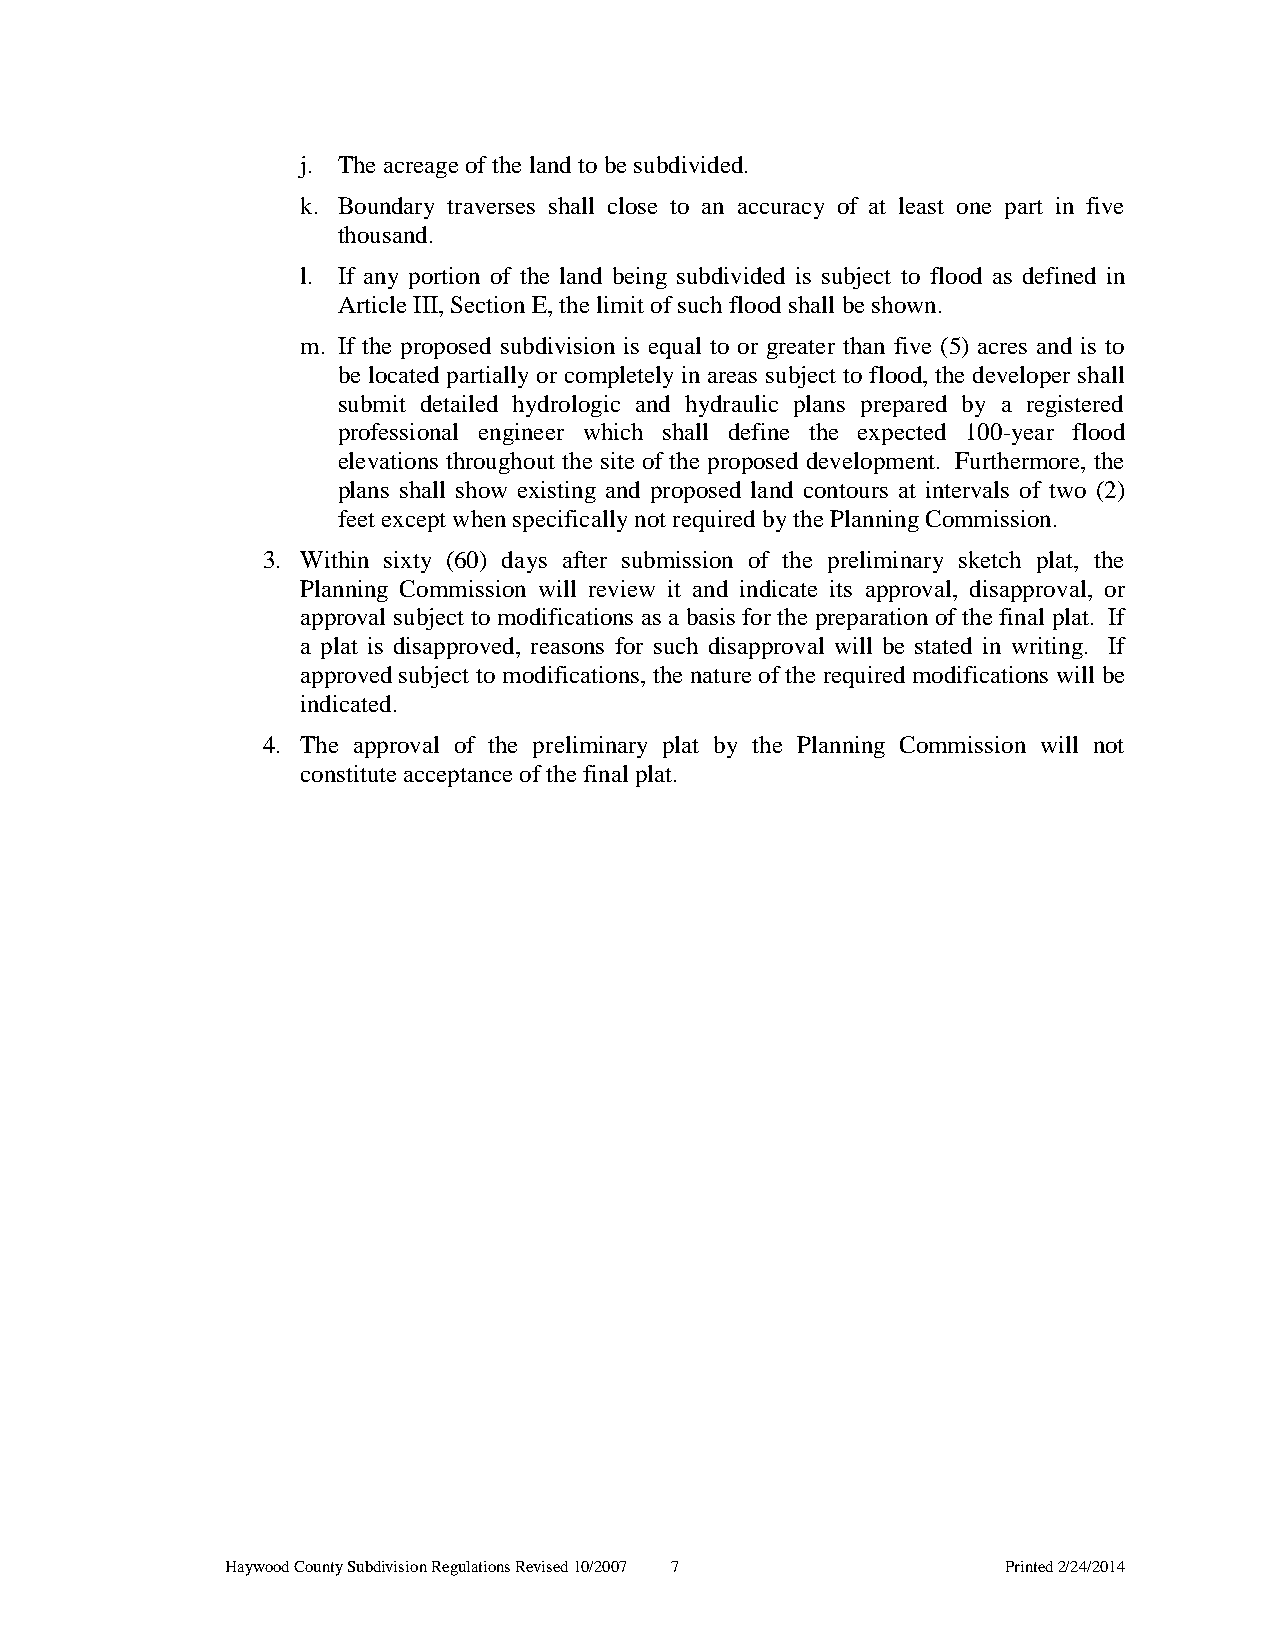
j. The acreage of the land to be subdivided.
 k. Boundary traverses shall close to an accuracy of at least one part in five
 thousand.
 l. If any portion of the land being subdivided is subject to flood as defined in
 Article III, Section E, the limit of such flood shall be shown.
 m. If the proposed subdivision is equal to or greater than five (5) acres and is to
 be located partially or completely in areas subject to flood, the developer shall
 submit detailed hydrologic and hydraulic plans prepared by a registered
 professional engineer which shall define the expected 100-year flood
 elevations throughout the site of the proposed development. Furthermore, the
 plans shall show existing and proposed land contours at intervals of two (2)
 feet except when specifically not required by the Planning Commission.
 3. Within sixty (60) days after submission of the preliminary sketch plat, the
 Planning Commission will review it and indicate its approval, disapproval, or
 approval subject to modifications as a basis for the preparation of the final plat. If
 a plat is disapproved, reasons for such disapproval will be stated in writing. If
 approved subject to modifications, the nature of the required modifications will be
 indicated.
 4. The approval of the preliminary plat by the Planning Commission will not
 constitute acceptance of the final plat.
 Haywood County Subdivision Regulations Revised 10/2007 7 Printed 2/24/2014